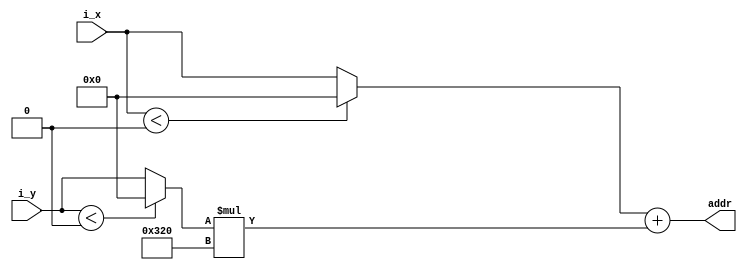
`timescale 1ns / 1ps


module addr_decoder_8bit(
    input wire [15:0] i_x,
    input wire [15:0] i_y,
    output wire [18:0] addr
    );

    reg [15:0] temp_x, temp_y;

    always @(i_x or i_y) begin
        if (i_x < 0) begin
            temp_x <= 0;
        end
        else begin
            temp_x <= i_x;
        end
        if (i_y < 0) begin
            temp_y <= 0;
        end
        else begin
            temp_y <= i_y;
        end
    end

    assign addr = temp_x + (temp_y * 800);

endmodule